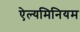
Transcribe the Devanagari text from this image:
ऐल्यमिनियम